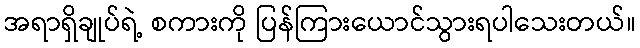
အရာရှိချုပ်ရဲ့ စကားကို ပြန်ကြားယောင်သွားရပါသေးတယ်။